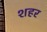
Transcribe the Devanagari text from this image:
शहर